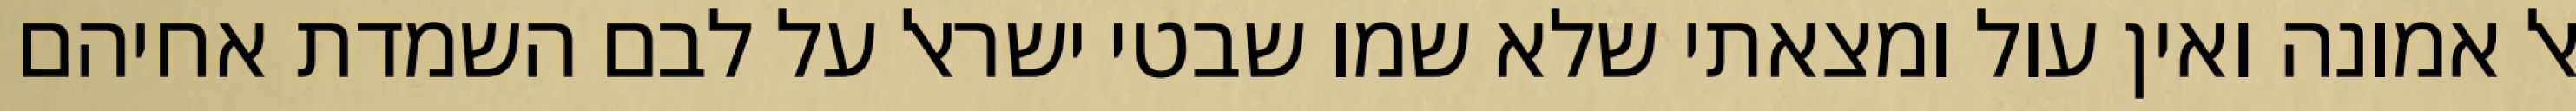
אל אמונה ואין עול ומצאתי שלא שמו שבטי ישראל על לבם השמדת אחיהם